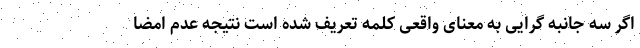
اگر سه جانبه گرایی به معنای واقعی کلمه تعریف شده است نتیجه عدم امضا